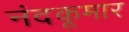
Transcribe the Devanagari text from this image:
नंदकूमार